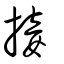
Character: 接